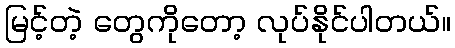
မြင့်တဲ့ တွေကိုတော့ လုပ်နိုင်ပါတယ်။